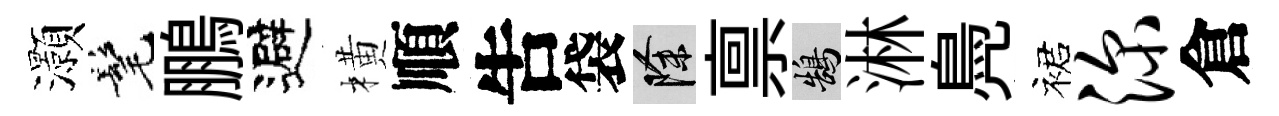
灝髦鵬避橫順吿袋除禀鵠淋鳧裙深倉